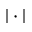
| \cdot |